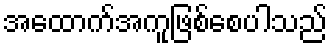
အထောက်အကူဖြစ်စေပါသည်